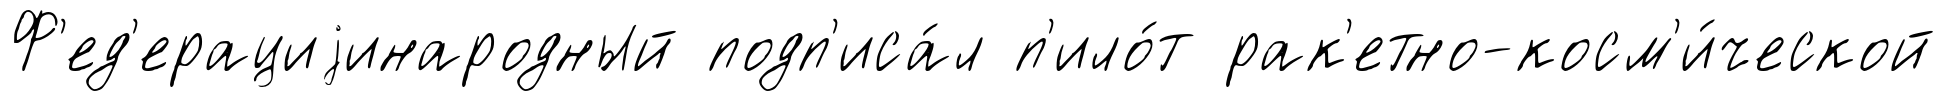
Ф'ед'ерациjинародный подп'иса́л п'ило́т рак'етно-косм'и́ческой